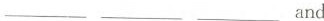
___ ___ ___and